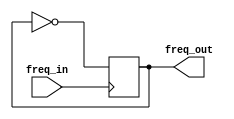
module freq_div(
    input       freq_in,
    
    output  reg    freq_out
    );
    
    initial begin
        freq_out <= 0;
    end
    always @(posedge freq_in ) begin
        freq_out <= !freq_out;
end 
    endmodule